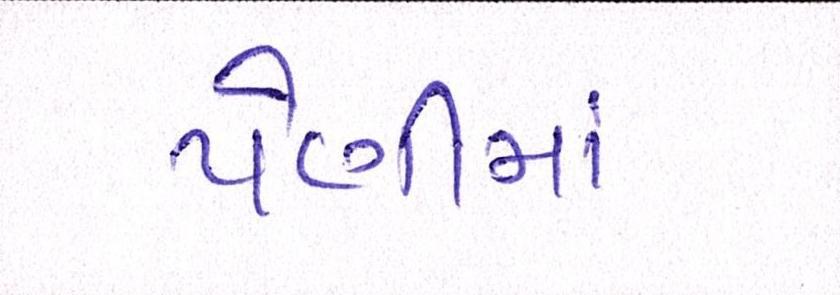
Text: પેણીમાં